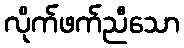
လိုက်ဖက်ညီသော